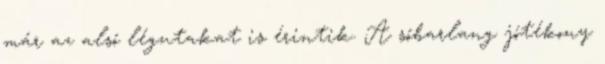
már az alsó légutakat is érintik. A sóbarlang jótékony